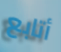
أتابع